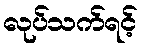
လုပ်သက်ရင့်